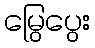
မြွေပွေး